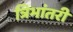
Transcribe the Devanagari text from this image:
त्रिभांतरी